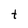
Character: t